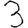
Digit: 3